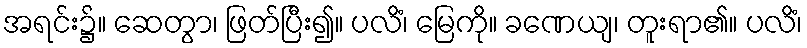
အရင်း၌။ ဆေတွာ၊ ဖြတ်ပြီး၍။ ပလိံ၊ မြေကို။ ခဏေယျ၊ တူးရာ၏။ ပလိံ၊